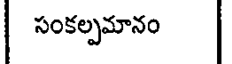
సంకల్పమానం